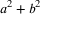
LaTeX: a ^ { 2 } + b ^ { 2 }